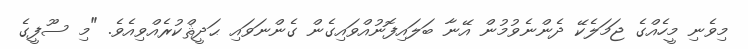
މިވެނި މީހެއްގެ ޖަމަލެކޭ ދެންނެވުމުން އޭނާ ބަލައިފޮނުއްވައިގެން ގެންނަވައި ޙަދީޘްކުރެއްވިއެވެ. "މި ސޫފީގެ